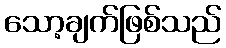
သော့ချက်ဖြစ်သည်